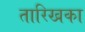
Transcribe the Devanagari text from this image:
तारिखका